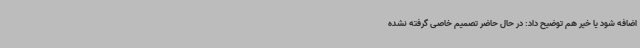
اضافه شود یا خیر هم توضیح داد:‌ در حال حاضر تصمیم خاصی گرفته نشده